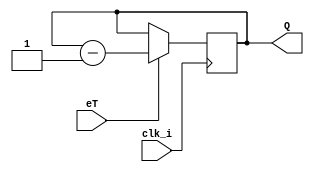
`timescale 1ns / 1ps

module AutoDownCounter(clk_i, eT, Q);

	input clk_i;
	input eT; // Enable Bit
	output reg [1:0] Q; // Count Value

	initial begin
	Q[1] <= 1; Q[0] <= 1;
	end

	always @(posedge clk_i) begin
		if (eT == 1) begin		
			Q <= Q - 1'b1;
			if (Q == 2'b11) begin
				//$display("C == 2'b11");
			end
			else if (Q == 2'b10) begin
				//$display("C == 2'b10");
			end
			else if (Q == 2'b01) begin
				//$display("C == 2'b01");
			end
			else if (Q == 2'b00) begin
				//$display("C == 2'b00");
			end
			else begin
				//$display("S7E #ERROR#");
			end
		end
		else begin
			Q <= Q;
		end
	end

endmodule